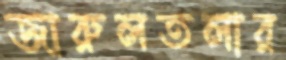
জারুলতলার